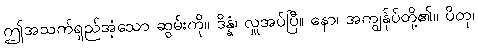
ဤအသက်ရှည်အံ့သော ဆွမ်းကို။ ဒိန္နံ၊ လှူအပ်ပြီ။ နော၊ အကျွန်ုပ်တို့၏။ ပိတု၊